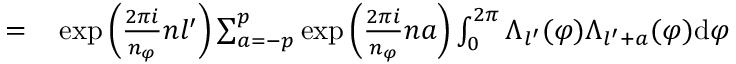
\begin{array} { r l } { = } & { { } \exp { \left( \frac { 2 \pi i } { n _ { \varphi } } n l ^ { \prime } \right) } \sum _ { a = - p } ^ { p } \exp \left( { \frac { 2 \pi i } { n _ { \varphi } } n a } \right) \int _ { 0 } ^ { 2 \pi } \Lambda _ { l ^ { \prime } } ( \varphi ) \Lambda _ { l ^ { \prime } + a } ( \varphi ) \mathrm { d } { \varphi } } \end{array}